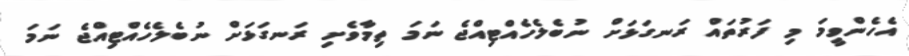
އެހެންވީމަ މި ފަރުތައް ރަނގަޅަށް ނުބެލެހެއްޓިއްޖެ ނަމަ ތިމާވެށި ރަނގަޅަށް ނުބެލެހެއްޓިއްޖެ ނަމަ